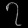
Digit: ၇